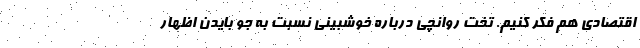
اقتصادی هم فکر کنیم. تخت روانچی درباره خوشبینی نسبت به جو بایدن اظهار